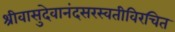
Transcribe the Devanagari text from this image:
श्रीवासुदेवानंदसरस्वतीविरचित